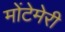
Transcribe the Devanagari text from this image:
मोंटेमेरी